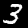
Label: 3